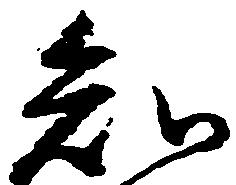
知